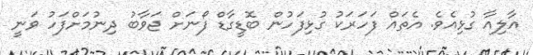
އާލިއާ ގުޅިއެވެ. އެތައް ފަހަރަކު ގުޅިފަހުން ބޮޑީގާޑް ފޯނަށް ޖަވާބު ދިނުމަށްފަހު ވަނީ